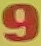
9